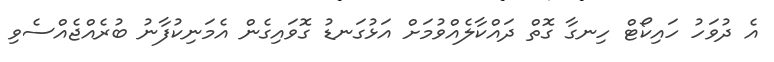
އެ ދުވަހު ހައިކޯޓް ހިނގާ ގޮތް ދައްކާލެއްވުމަށް އަޅުގަނޑު ގޮވައިގެން އެމަނިކުފާނު ބުރެއްޖެއްސެވި